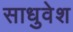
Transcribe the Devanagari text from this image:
साधुवेश